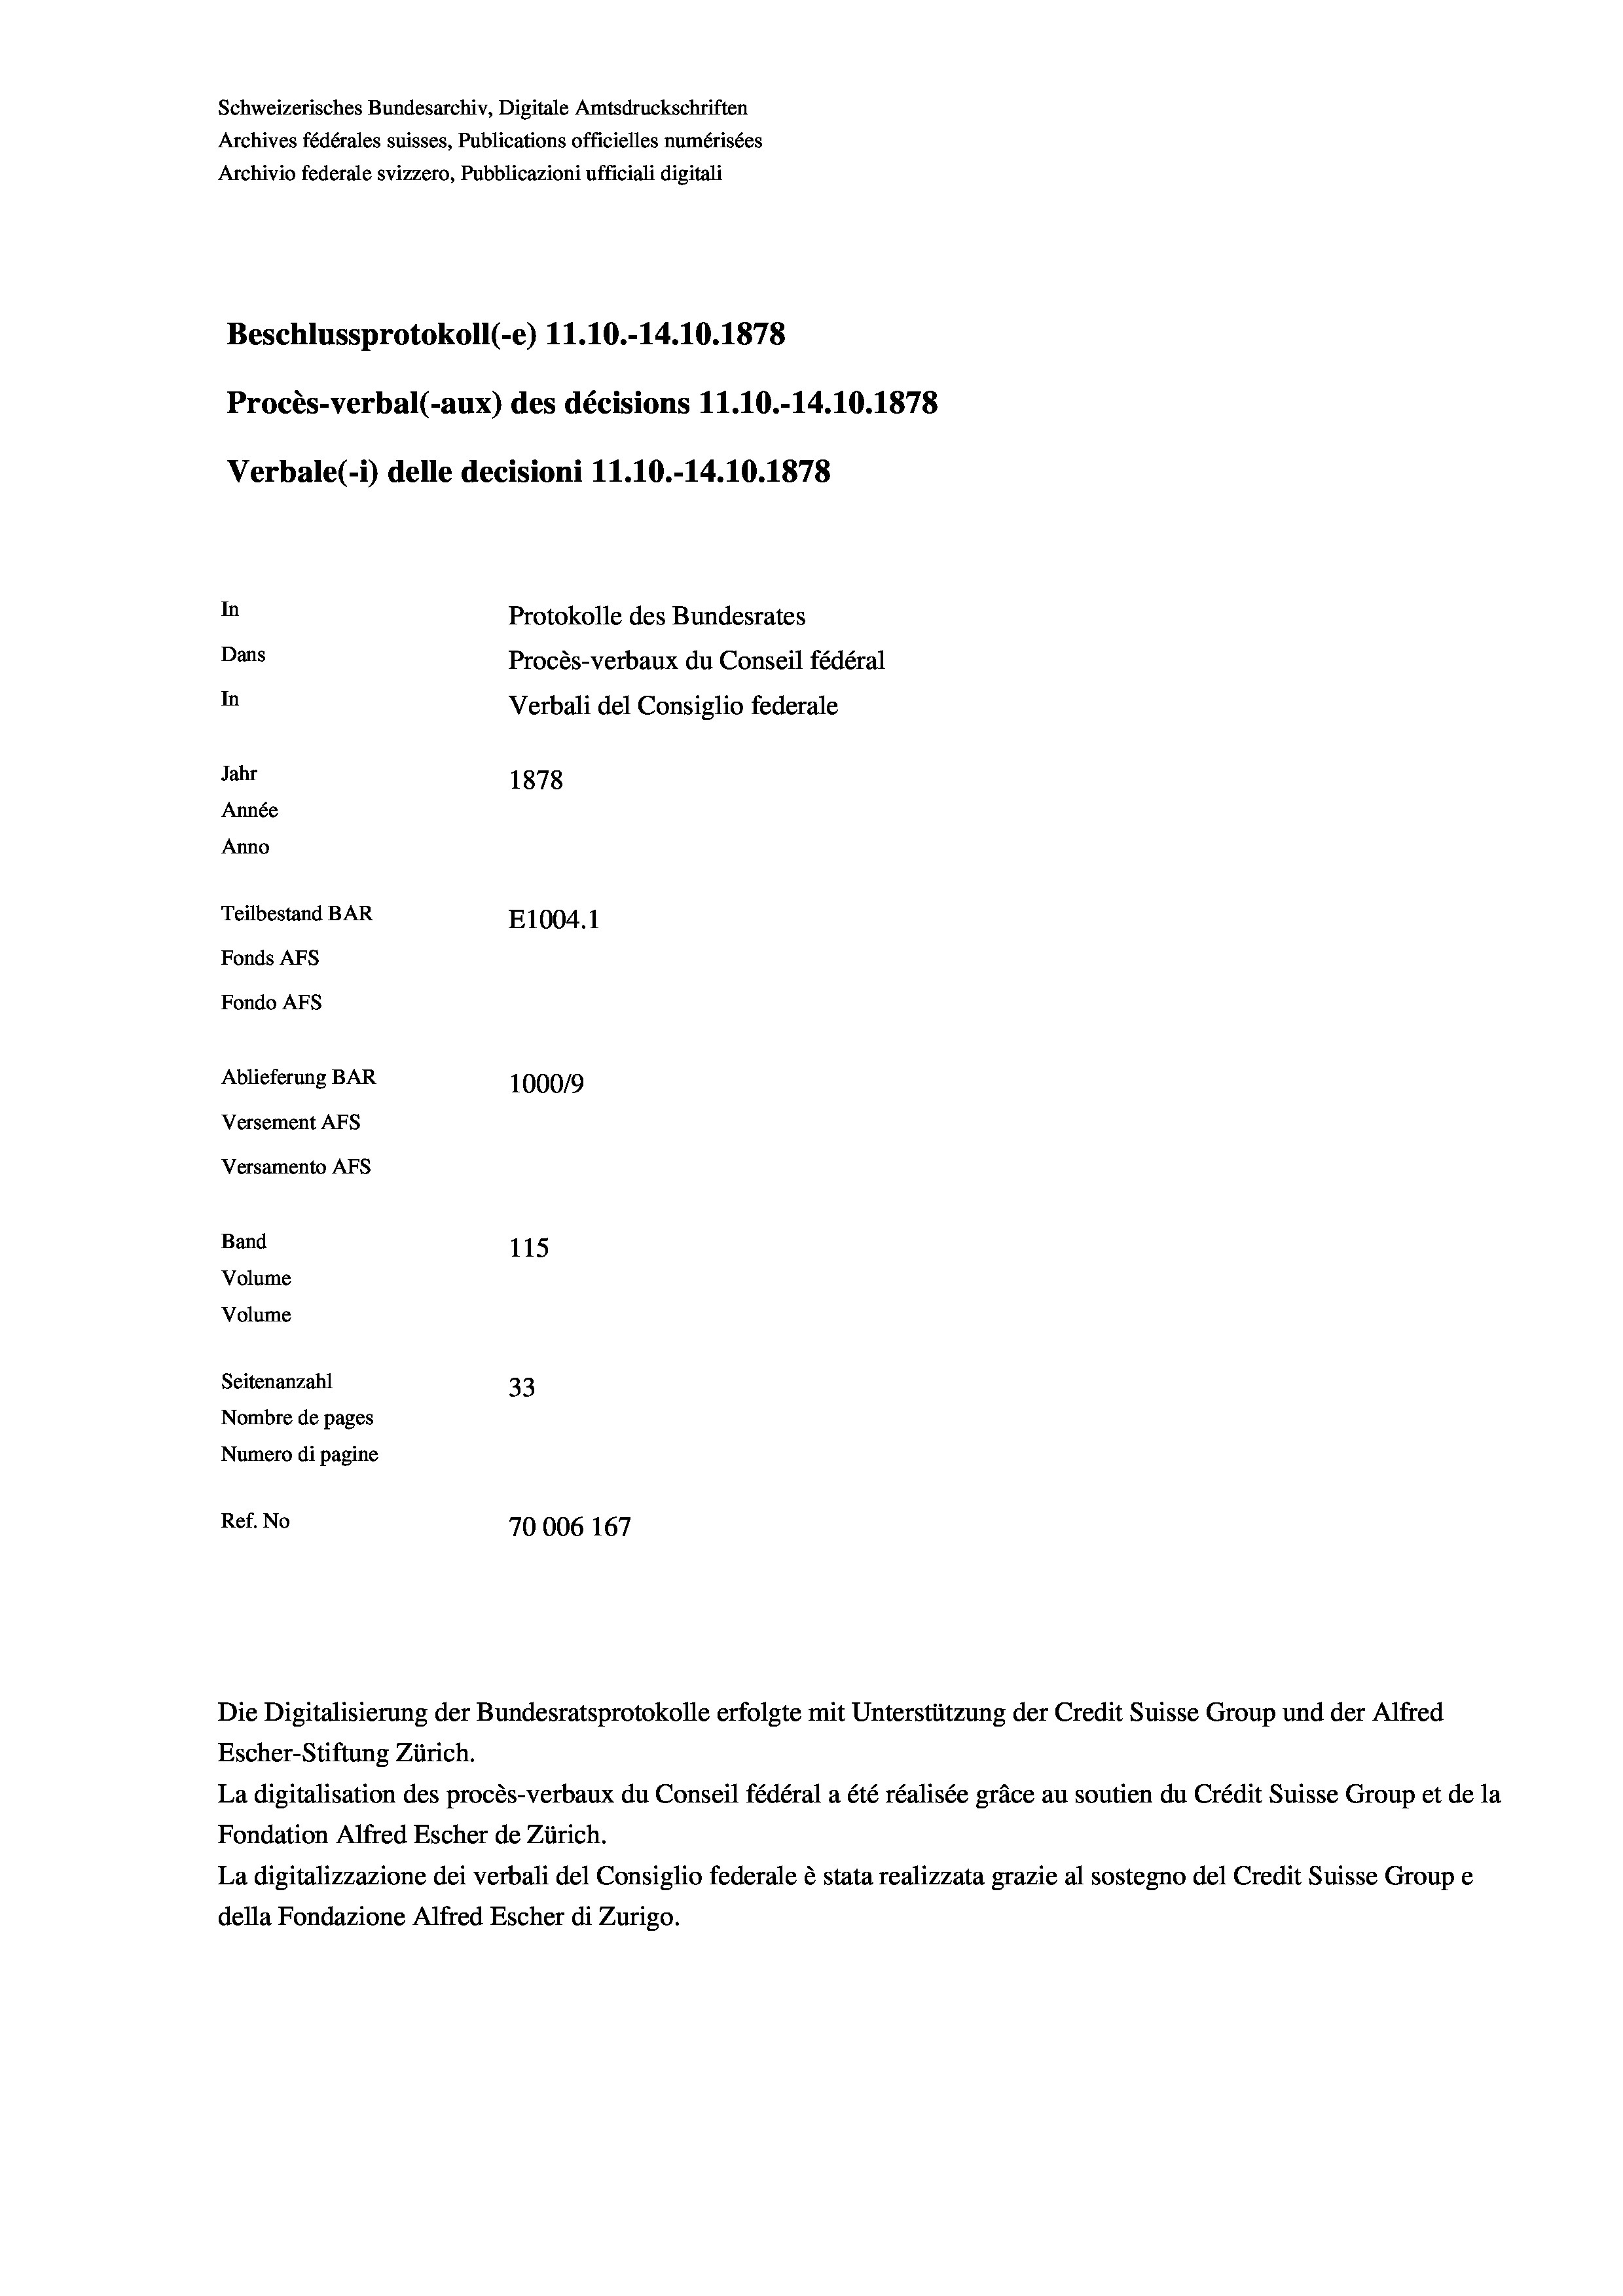
Schweizerisches Bundesarchiv, Digitale Amtsdruckschriften
Archives fédérales suisses, Publications officielles numérisées
Archivio federale svizzero, Pubblicazioni ufficiali digitali
Beschlussprotokoll (-e) 11.10.-14.10.1878
Procès-verbal (-aux) des décisions 11.10.-14.10.1878
Verbale(-*) delle decisioni 11.10.-14.10.1878
In
Protokolle des Bundesrates
Dans
Procès-verbaux du Conseil fédéral
In
Verbali del Consiglio federale
Jahr
1878
Année
Anno
Teilbestand BAR
E1004.1
Fonds AFs
Fondo AFs
Ablieferung BAR
100019
Versement AFs
Versamento Afs
Band
115
Volume
Volume
Seitenanzahl
33
Nombre de pages
Numero di pagine
Ref. No
70006 167

Die Digitalisierung der Bundesratsprotokolle erfolgte mit Unterstützung der Credit Suisse Group und der Alfred
Escher-Stiftung Zürich.
La digitalisation des procès-verbaux du Conseil fédéral a été réalisée gräce au soutien du Crédit Suisse Group et de la
Fondation Alfred Escher de Zürich.
La digitalizzazione dei verbali del Consiglio federale è stata realizzata grazie al sostegno del Credit Suisse Groupe
della Fondazione Alfred Escher di Zurigo.